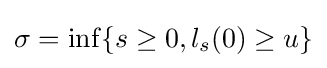
\sigma =\inf\{s\geq 0,l_{s}(0)\geq u\}